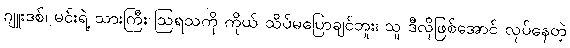
ဂျူးဒစ်၊ မင်းရဲ့ သားကြီး ဩရသကို ကိုယ် သိပ်မပြောချင်ဘူး၊ သူ ဒီလိုဖြစ်အောင် လုပ်နေတဲ့